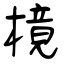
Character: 樈